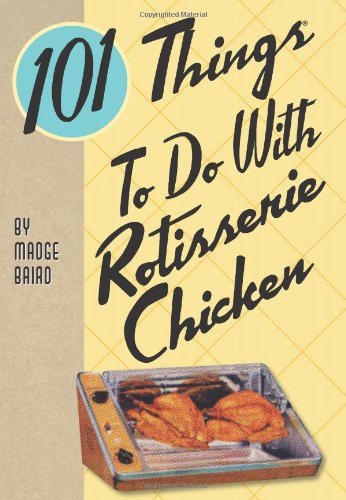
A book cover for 101 Things to Do with Rotisserie Chicken; Madge Baird; Cookbooks, Food & Wine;